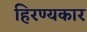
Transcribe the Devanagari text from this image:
हिरण्यकार